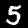
Digit: 5